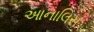
આનાલિસ